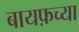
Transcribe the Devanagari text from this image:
बायफ़च्या